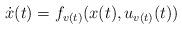
LaTeX: \begin{align*}\dot{x}(t)={{f}_{v(t)}}(x(t),{{u}_{v(t)}}(t))\end{align*}